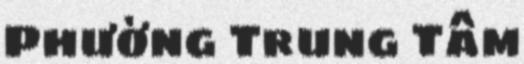
Phường Trung Tâm